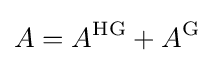
A=A^{\mathrm {HG} }+A^{\mathrm {G} }